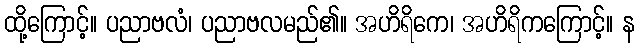
ထို့ကြောင့်။ ပညာဗလံ၊ ပညာဗလမည်၏။ အဟိရိကေ၊ အဟိရိကကြောင့်။ န